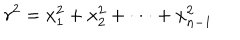
LaTeX: r ^ { 2 } = x _ { 1 } ^ { 2 } + x _ { 2 } ^ { 2 } + \cdot \cdot \cdot + x _ { n - 1 } ^ { 2 }